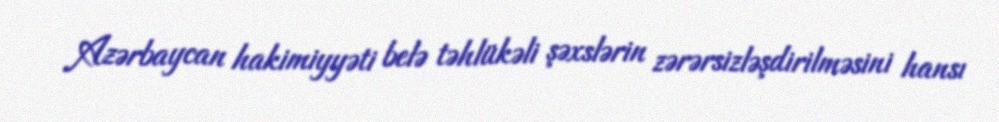
Azərbaycan hakimiyyəti belə təhlükəli şəxslərin zərərsizləşdirilməsini hansı